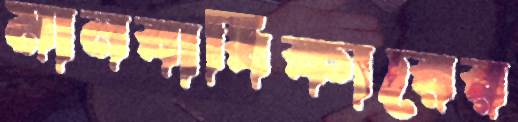
মানবাধিকারের